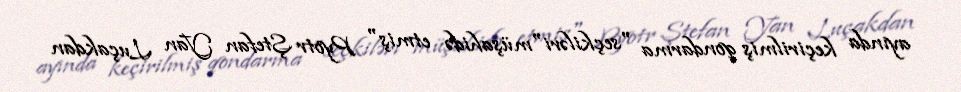
ayında keçirilmiş qondarma "seçkiləri"müşahidə etmiş" Pyotr Ştefan Yan Luçakdan